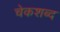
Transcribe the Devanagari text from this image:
चेकशब्द